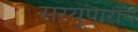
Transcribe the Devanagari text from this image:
सरयूपारीय